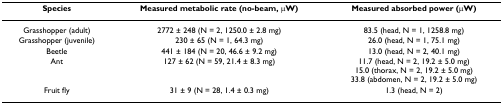
<table><thead><tr><td><b>Species</b></td><td><b>Measured metabolic rate (no-beam, μW)</b></td><td><b>Measured absorbed power (μW)</b></td></tr></thead><tbody><tr><td>Grasshopper (adult)</td><td>2772 ± 248 (N = 2, 1250.0 ± 2.8 mg)</td><td>83.5 (head, N = 1, 1258.8 mg)</td></tr><tr><td>Grasshopper (juvenile)</td><td>230 ± 65 (N = 1, 64.3 mg)</td><td>26.0 (head, N = 1, 75.1 mg)</td></tr><tr><td>Beetle</td><td>441 ± 184 (N = 20, 46.6 ± 9.2 mg)</td><td>13.0 (head, N = 2, 40.1 mg)</td></tr><tr><td>Ant</td><td>127 ± 62 (N = 59, 21.4 ± 8.3 mg)</td><td>11.7 (head, N = 2, 19.2 ± 5.0 mg)15.0 (thorax, N = 2, 19.2 ± 5.0 mg)33.8 (abdomen, N = 2, 19.2 ± 5.0 mg)</td></tr><tr><td>Fruit fly</td><td>31 ± 9 (N = 28, 1.4 ± 0.3 mg)</td><td>1.3 (head, N = 2)</td></tr></tbody></table>